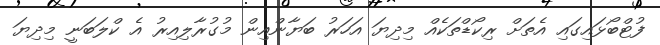
ފުޓްބޯޅައިގައި އެތަށް ރިކޯޑްތަކެއް މިދިޔަ އަހަރު ބަޔާންއިން މުގުރާލިއިރު އެ ކްލަބަނީ މިދިޔަ